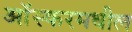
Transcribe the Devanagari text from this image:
आॅस्करमधील